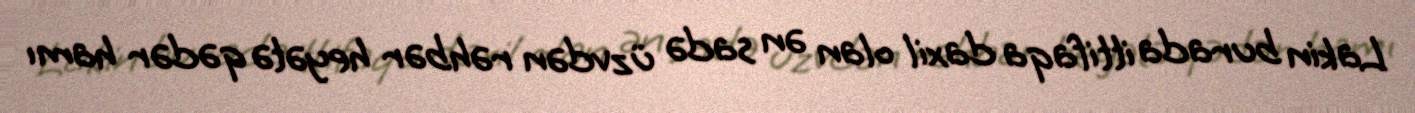
Lakin burada ittifaqa daxil olan ən sadə üzvdən rəhbər heyətə qədər hamı